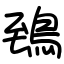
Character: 鵄